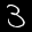
Label: 3